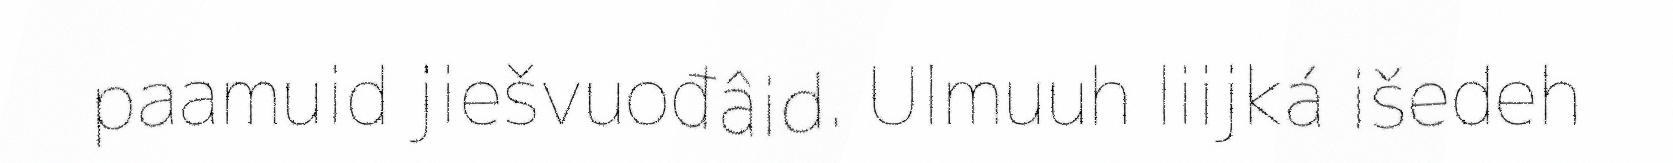
paamuid jiešvuođâid. Ulmuuh liijká išedeh